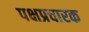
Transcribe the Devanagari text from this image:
पक्षप्रचारक